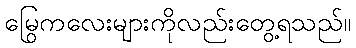
မြွေကလေးများကိုလည်းတွေ့ရသည်။